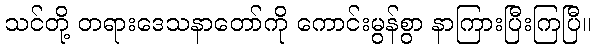
သင်တို့ တရားဒေသနာတော်ကို ကောင်းမွန်စွာ နာကြားပြီးကြပြီ။